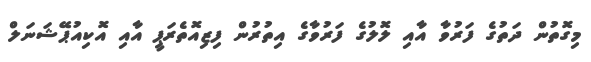
މިގޮތުން ދަތުގެ ފަރުވާ އާއި ލޮލުގެ ފަރުވާގެ އިތުރުން ފިޒިއޮތެރަޕީ އާއި އޮކިއުޕޭޝަނަލް